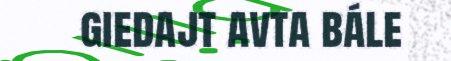
giedajt avta bále